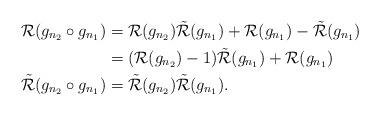
LaTeX: \begin{align*} \mathcal{R}(g_{n_2} \circ g_{n_1}) &= \mathcal{R}(g_{n_2}) \Tilde{\mathcal{R}}(g_{n_1}) + \mathcal{R}(g_{n_1}) - \Tilde{\mathcal{R}}(g_{n_1}) \\ &= (\mathcal{R}(g_{n_2})-1) \Tilde{\mathcal{R}}(g_{n_1}) + \mathcal{R}(g_{n_1}) \\ \Tilde{\mathcal{R}}(g_{n_2} \circ g_{n_1}) &= \Tilde{\mathcal{R}}(g_{n_2}) \Tilde{\mathcal{R}}(g_{n_1}).\end{align*}